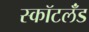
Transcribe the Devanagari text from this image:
स्कॉटलॅंड